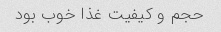
حجم و کیفیت غذا خوب بود